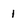
Character: 1